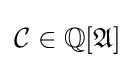
{\mathcal {C}}\in \mathbb {Q} [{\mathfrak {A}}]